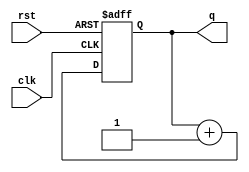
`timescale 1ns/1ns

// Typical counter, counter increments every clock cycle
module Counter(clk, rst, q);
    parameter N = 8;
   
    input clk, rst;
    output [N-1:0] q;
    reg [N-1:0] q;

    always @ (posedge clk or posedge rst)
    begin
        if(rst == 1'b1) q <= 0;
        else q <= q+1;
    end   
endmodule

// Counter with Enable, counter increments when EN is asserted
module Counter_with_EN(clk, rst, q, en);
    parameter N = 8;
   
    input clk, rst, en;
    output [N-1:0] q;
    reg [N-1:0] q;

    always @ (posedge clk or posedge rst)
    begin
        if(rst == 1'b1) q <= 0;
        else if(en) q <= q+1;
    end   
endmodule

// Mod Counter with Done, compares with MAX value and asserts Done=1 when matched
module Mod_Counter(clk, rst, q, done);
    parameter N = 8;
    parameter MAX = 255;
    
    input clk, rst;
    output [N-1:0] q;
    output done;
    reg [N-1:0] q;
    reg done;
    
    always @ (posedge clk or posedge rst)
    begin
        if(rst == 1'b1)
        begin
            q <= 0;
            done <= 0;
        end
        else if(q == MAX)
        begin
            q <= 0;
            done <= 1;
        end
        else
        begin    
            q <= q+1;  
            done <= 0;
        end
    end 
endmodule

/*
// Module to generate 1 second timing
module One_Sec(clk, btnU, seg, an, led);
    parameter C_WIDTH = 35;     // 28-bit counter is needed to store count till 100,000,000
    parameter SEGDIS = 7;       // 7-segment display has width 7
    parameter NUM = 4;          // 7-segment display has 1 anode for control
    parameter CRYSTAL = 100;    // FPGA board has 100MHz crystal oscillator
    parameter NUM_SEC = 1;     // We want a '1 sec' unit delay
    parameter [C_WIDTH-1:0] STOPAT = (CRYSTAL * 1_000_000 * NUM_SEC) - 1;     // Counter will stop at 100,000,000 - 1
    
    input clk, btnU;
    output [0:SEGDIS-1] seg;
    output [NUM-1:0] an;
    output [NUM-1:0] led;
    
    wire [C_WIDTH-1:0] big_count;
    wire one_sec_done;
    wire [NUM-1:0] value_to_display;
    
    Mod_Counter #(C_WIDTH, STOPAT) MC1(clk, btnU, big_count, one_sec_done);
    Counter #(NUM) C1(clk, btnU, one_sec_done, zero_to_f);  // 4-bit counter to display 0,1,2,...,E,F
    _7SegmentDisplay SSD1(value_to_display, seg);
    
endmodule

// Counter
module Counter(clk, rst, q);
    parameter N = 8;
   
    input clk, rst;
    output [N-1:0] q;
    reg [N-1:0] q;

    always @ (posedge clk or posedge rst)
    begin
        if(rst == 1'b1) q <= 0;
        else q <= q+1;
    end   
endmodule

// Counter with enable
module Counter(clk, rst, q, en);
    parameter N = 8;
   
    input clk, rst, en;
    output [N-1:0] q;
    reg [N-1:0] q;

    always @ (posedge clk or posedge rst)
    begin
        if(rst == 1'b1) q <= 0;
        else if(en) q <= q+1;
    end   
endmodule

module Mod_Counter(clk, rst, q, done);
    parameter N = 8;
    parameter MAX = 255;
    
    input clk, rst;
    output [N-1:0] q;
    output done;
    reg [N-1:0] q;
    reg done;
    
    always @ (posedge clk or posedge rst)
    begin
        if(rst == 1'b1)
        begin
            q <= 0;
            done <= 0;
        end
        else if(q == MAX)
        begin
            q <= 0;
            done <= 1;
        end
        else
        begin    
            q <= q+1;  
            done <= 0;
        end
    end 
endmodule

module Heartbeat(clk, btnU, seg, an, led);
    parameter C_WIDTH = 28;     // 27-bit counter is needed to store count till 100,000,000
    parameter SEGDIS = 7;       // 7 display segments
    parameter NUM_AN = 4;       // Each 7-segment display has 1 anode for control, total 4
    parameter NUM = 3;          // Numbers 0...7, 3-bits
    parameter CRYSTAL = 100;    // FPGA board has 100MHz crystal oscillator
    parameter NUM_SEC = 1;      // We want a '1 sec' unit delay
    parameter [C_WIDTH-1:0] STOPAT = (CRYSTAL * 1_000_000 * NUM_SEC) - 1;     // Counter will stop at 100,000,000 - 1
    
    input clk, btnU;
    output [0:SEGDIS-1] seg;
    output [NUM_AN-1:0] an;
    output [NUM-1:0] led;
    
    wire [C_WIDTH-1:0] big_count;
    wire one_sec_done;
    wire [NUM-1:0] zero_to_7;

    assign led = zero_to_7;     // Display 0...7 in binary on led[2:0]
  
    // Instantiate a mod-counter to count 1 sec intervals
    Mod_Counter #(C_WIDTH, STOPAT) MC1 (.clk(clk), .rst(btnU), .q(big_count), .done(one_sec_done));
    // Instantiate a 3-bit counter to run 8 heartbeat patterns
    Counter #(NUM) C1 (.clk(clk), .rst(btnU), .en(one_sec_done), .q(zero_to_7));
    // Instantiate 7-segment display to display the 8 heartbeat patterns
    _7SegmentDisplay_Heartbeat SSDH1 (.Switch(zero_to_7), .Display(seg), .An(an));
    
endmodule
*/

/* Module to generate 1 minute timing
Following parameters were changed:
(1) parameter [C_WIDTH-1:0] STOPAT = (CRYSTAL * 1_000_000 * NUM_SEC) - 1;     // Counter will stop at 6,000,000,000 - 1
Reason: Default widt of integer and reg is 32-bits, so we need to explicitly specify the width for greater than
        32-bit parameters

(2) parameter C_WIDTH = 34;     // 33-bit counter is needed to store count till 6,000,000,000
Reason: To count to 6,000,000,000 we need 33-bit counter, since we define width as [C_WIDTH-1:0]

(3) parameter NUM_SEC = 60;     // We want a '1 min' unit delay
Reason: We want to have a 1 minute delay, 60 seconds


module One_Min(clk, btnU, seg, an, led);
    parameter C_WIDTH = 34;     // 33-bit counter is needed to store count till 6,000,000,000
    parameter SEGDIS = 7;       // 7-segment display has width 7
    parameter NUM = 4;          // 7-segment display has 1 anode for control
    parameter CRYSTAL = 100;    // FPGA board has 100MHz crystal oscillator
    parameter NUM_SEC = 60;     // We want a '1 min' unit delay
    parameter [C_WIDTH-1:0] STOPAT = (CRYSTAL * 1_000_000 * NUM_SEC) - 1;     // Counter will stop at 6,000,000,000 - 1
    
    input clk, btnU;
    output [0:SEGDIS-1] seg;
    output [NUM-1:0] an;
    output [NUM-1:0] led;
    
    wire [C_WIDTH-1:0] big_count;
    wire one_sec_done;
    wire [NUM-1:0] zero_to_f;
    
    assign an = 4'b0000;        // All 4 7-segment displays are ON
    assign led = zero_to_f;     // Display 0,1,2,...,E,F as binary on led[3:0]
    
    Mod_Counter #(C_WIDTH, STOPAT) MC1(clk, btnU, big_count, one_sec_done);
    Counter #(NUM) C1(clk, btnU, one_sec_done, zero_to_f);  // 4-bit counter to display 0,1,2,...,E,F
    _7SegmentDisplay SSD1(zero_to_f, seg);
    
endmodule
*/